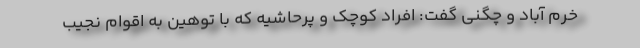
خرم آباد و چگنی گفت: افراد کوچک و پرحاشیه که با توهین به اقوام نجیب